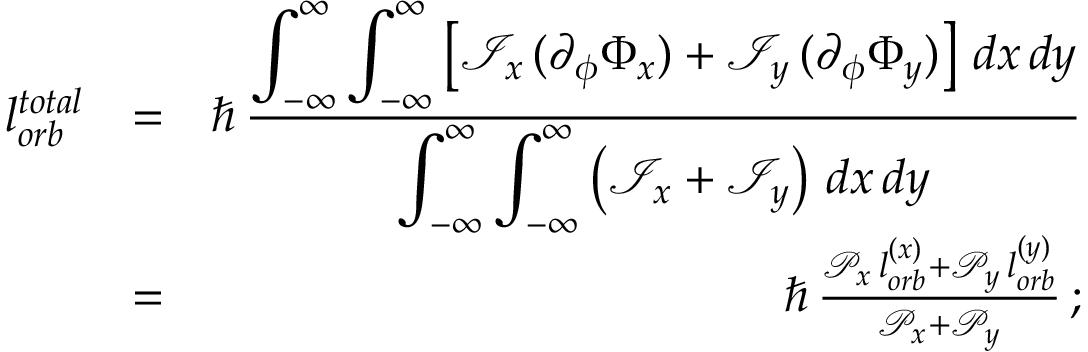
\begin{array} { r l r } { l _ { o r b } ^ { t o t a l } } & { = } & { \hbar \, \frac { \displaystyle \int _ { - \infty } ^ { \infty } \int _ { - \infty } ^ { \infty } \left[ \mathcal { I } _ { x } \, ( \partial _ { \phi } \Phi _ { x } ) + \mathcal { I } _ { y } \, ( \partial _ { \phi } \Phi _ { y } ) \right] \, d x \, d y } { \displaystyle \int _ { - \infty } ^ { \infty } \int _ { - \infty } ^ { \infty } \left( \mathcal { I } _ { x } + \mathcal { I } _ { y } \right) \, d x \, d y } } \\ & { = } & { \hbar \, \frac { \mathcal { P } _ { x } \, l _ { o r b } ^ { ( x ) } + \mathcal { P } _ { y } \, l _ { o r b } ^ { ( y ) } } { \mathcal { P } _ { x } + \mathcal { P } _ { y } } \, ; } \end{array}